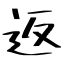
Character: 返